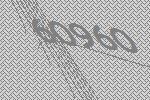
60960